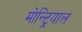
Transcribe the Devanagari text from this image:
मोन्ट्रियाल